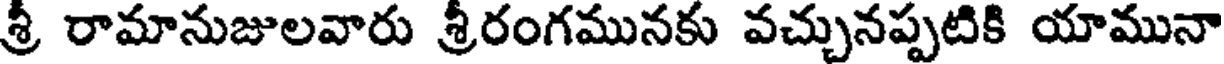
శ్రీ రామానుజులవారు శ్రీరంగమునకు వచ్చునప్పటికి యామునా